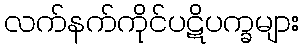
လက်နက်ကိုင်ပဋိပက္ခများ